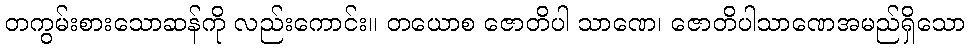
တကွမ်းစားသောဆန်ကို လည်းကောင်း။ တယောစ ဇောတိပါ သာဏေ၊ ဇောတိပါသာဏေအမည်ရှိသော